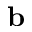
{ \bf b }